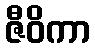
ဇီဝိကာ